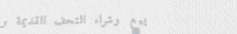
بيع وشراء التحف القديمة و